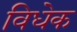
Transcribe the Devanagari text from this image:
विधेक